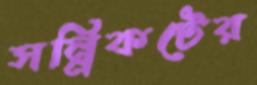
সন্নিকটের